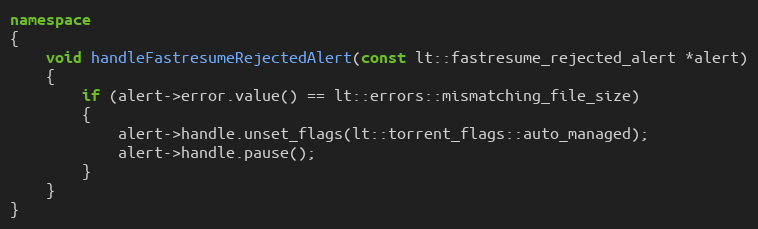
Language: C++
namespace
{
    void handleFastresumeRejectedAlert(const lt::fastresume_rejected_alert *alert)
    {
        if (alert->error.value() == lt::errors::mismatching_file_size)
        {
            alert->handle.unset_flags(lt::torrent_flags::auto_managed);
            alert->handle.pause();
        }
    }
}